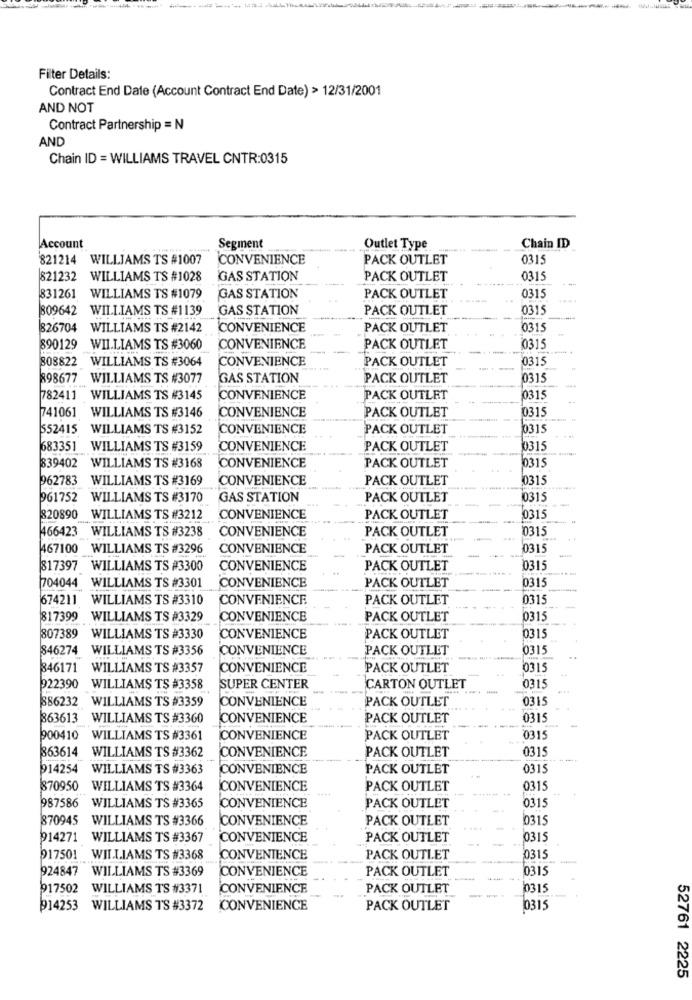
Filter Details:
Contract End Date (Account Contract End Date) > 12/31/2001
AND NOT
Contract Partnership = N
AND
Chain ID = WILLIAMS TRAVEL CNTR:0315
Account
Segment
Outlet Type
Chain ID
821214 WILLIAMS TS #1007
CONVENIENCE
PACK OUTLET
0315
821232 WILLIAMS TS #1028
GAS STATION
PACK OUTLET
0315
831261 WILLIAMS TS #1079
GAS STATION
PACK OUTLET
0315
809642 WILLIAMS TS #1139
GAS STATION
PACK OUTLET
0315
826704 WILLIAMS TS #2142
CONVENIENCE
PACK OUTLET
0315
890129 WILLIAMS TS #3060
CONVENIENCE
PACK OUTLET
0315
808822 WILLIAMS TS #3064
CONVENIENCE
PACK OUTLET
0315
898677 WILLIAMS TS #3077
GAS STATION
PACK OUTLET
0315
782411 WILLIAMS TS #3145
CONVENIENCE
PACK OUTLET
0315
741061 WILLIAMS TS #3146
CONVENIENCE
PACK OUTLET
0315
552415 WILLIAMS TS #3152
CONVENIENCE
PACK OUTLET
0315
683351 WILLIAMS TS #3159
CONVENIENCE
PACK OUTLET
0315
PACK OUTLET
839402
WILLIAMS TS #3168
CONVENIENCE
0315
962783 WILLIAMS TS #3169
CONVENIENCE
PACK OUTLET
0315
961752 WILLIAMS TS #3170
GAS STATION
PACK OUTLET
0315
820890 WILLIAMS TS #3212
CONVENIENCE
PACK OUTLET
0315
CONVENIENCE
PACK OUTLET
10315
466423 WILLIAMS TS #3238
467100 WILLIAMS TS #3296
CONVENIENCE
PACK OUTLET
0315
817397 WILLIAMS TS #3300
CONVENIENCE
PACK OUTLET
0315
PACK OUTLET
0315
704044 WILLIAMS TS #3301
CONVENIENCE
674211 WILLIAMS TS #3310
CONVENIENCE
PACK OUTLET
0315
817399 WILLIAMS TS #3329
CONVENIENCE
PACK OUTLET
0315
807389 WILLIAMS TS #3330
CONVENIENCE
PACK OUTLET
0315
846274 WILLIAMS TS #3356
CONVENIENCE
PACK OUTLET
0315
346171 WILLIAMS TS #3357
CONVENIENCE
PACK OUTLET
10315
922390 WILLIAMS TS #3358
SUPER CENTER
CARTON OUTLET
0315
886232 WILLIAMS TS #3359
CONVENIENCE
PACK OUTLET
0315
863613 WILLIAMS TS #3360
CONVENIENCE
PACK OUTLET
0315
900410 WILLIAMS TS #3361
CONVENIENCE
PACK OUTLET
0315
PACK OUTLET
0315
863614 WILLIAMS TS #3362
CONVENIENCE
914254 WILLIAMS TS #3363
CONVENIENCE
PACK OUTLET
0315
870950
WILLIAMS TS #3364
CONVENIENCE
PACK OUTLET
0315
987586 WILLIAMS TS #3365
CONVENIENCE
PACK OUTLET
0315
870945 WILLIAMS TS #3366
CONVENIENCE
PACK OUTLET
0315
914271 WILLIAMS TS #3367
CONVENIENCE
PACK OUTLET
0315
917501 WILLIAMS TS #3368
CONVENIENCE
PACK OUTLET
0315
924847 WILLIAMS TS #3369
CONVENIENCE
PACK OUTLET
0315
917502 WILLIAMS TS #3371
CONVENIENCE
PACK OUTLET
0315
P14253 WILLIAMS TS #3372
CONVENIENCE
PACK OUTLET
0315
52761 2225